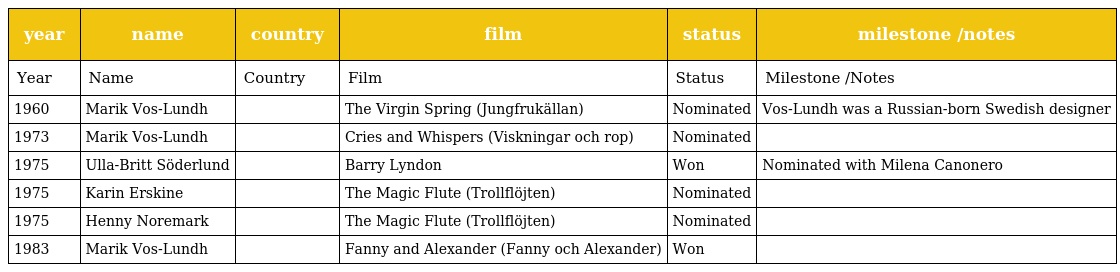
| year | name | country | film | status | milestone /notes |
 | --- | --- | --- | --- | --- | --- |
 | Year | Name | Country | Film | Status | Milestone /Notes |
 | 1960 | Marik Vos-Lundh |  | The Virgin Spring (Jungfrukällan) | Nominated | Vos-Lundh was a Russian-born Swedish designer |
 | 1973 | Marik Vos-Lundh |  | Cries and Whispers (Viskningar och rop) | Nominated |  |
 | 1975 | Ulla-Britt Söderlund |  | Barry Lyndon | Won | Nominated with Milena Canonero |
 | 1975 | Karin Erskine |  | The Magic Flute (Trollflöjten) | Nominated |  |
 | 1975 | Henny Noremark |  | The Magic Flute (Trollflöjten) | Nominated |  |
 | 1983 | Marik Vos-Lundh |  | Fanny and Alexander (Fanny och Alexander) | Won |  |